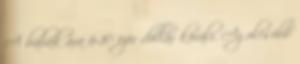
A babák ára 6-10 ezer dollár körüli. Az olcsóbb